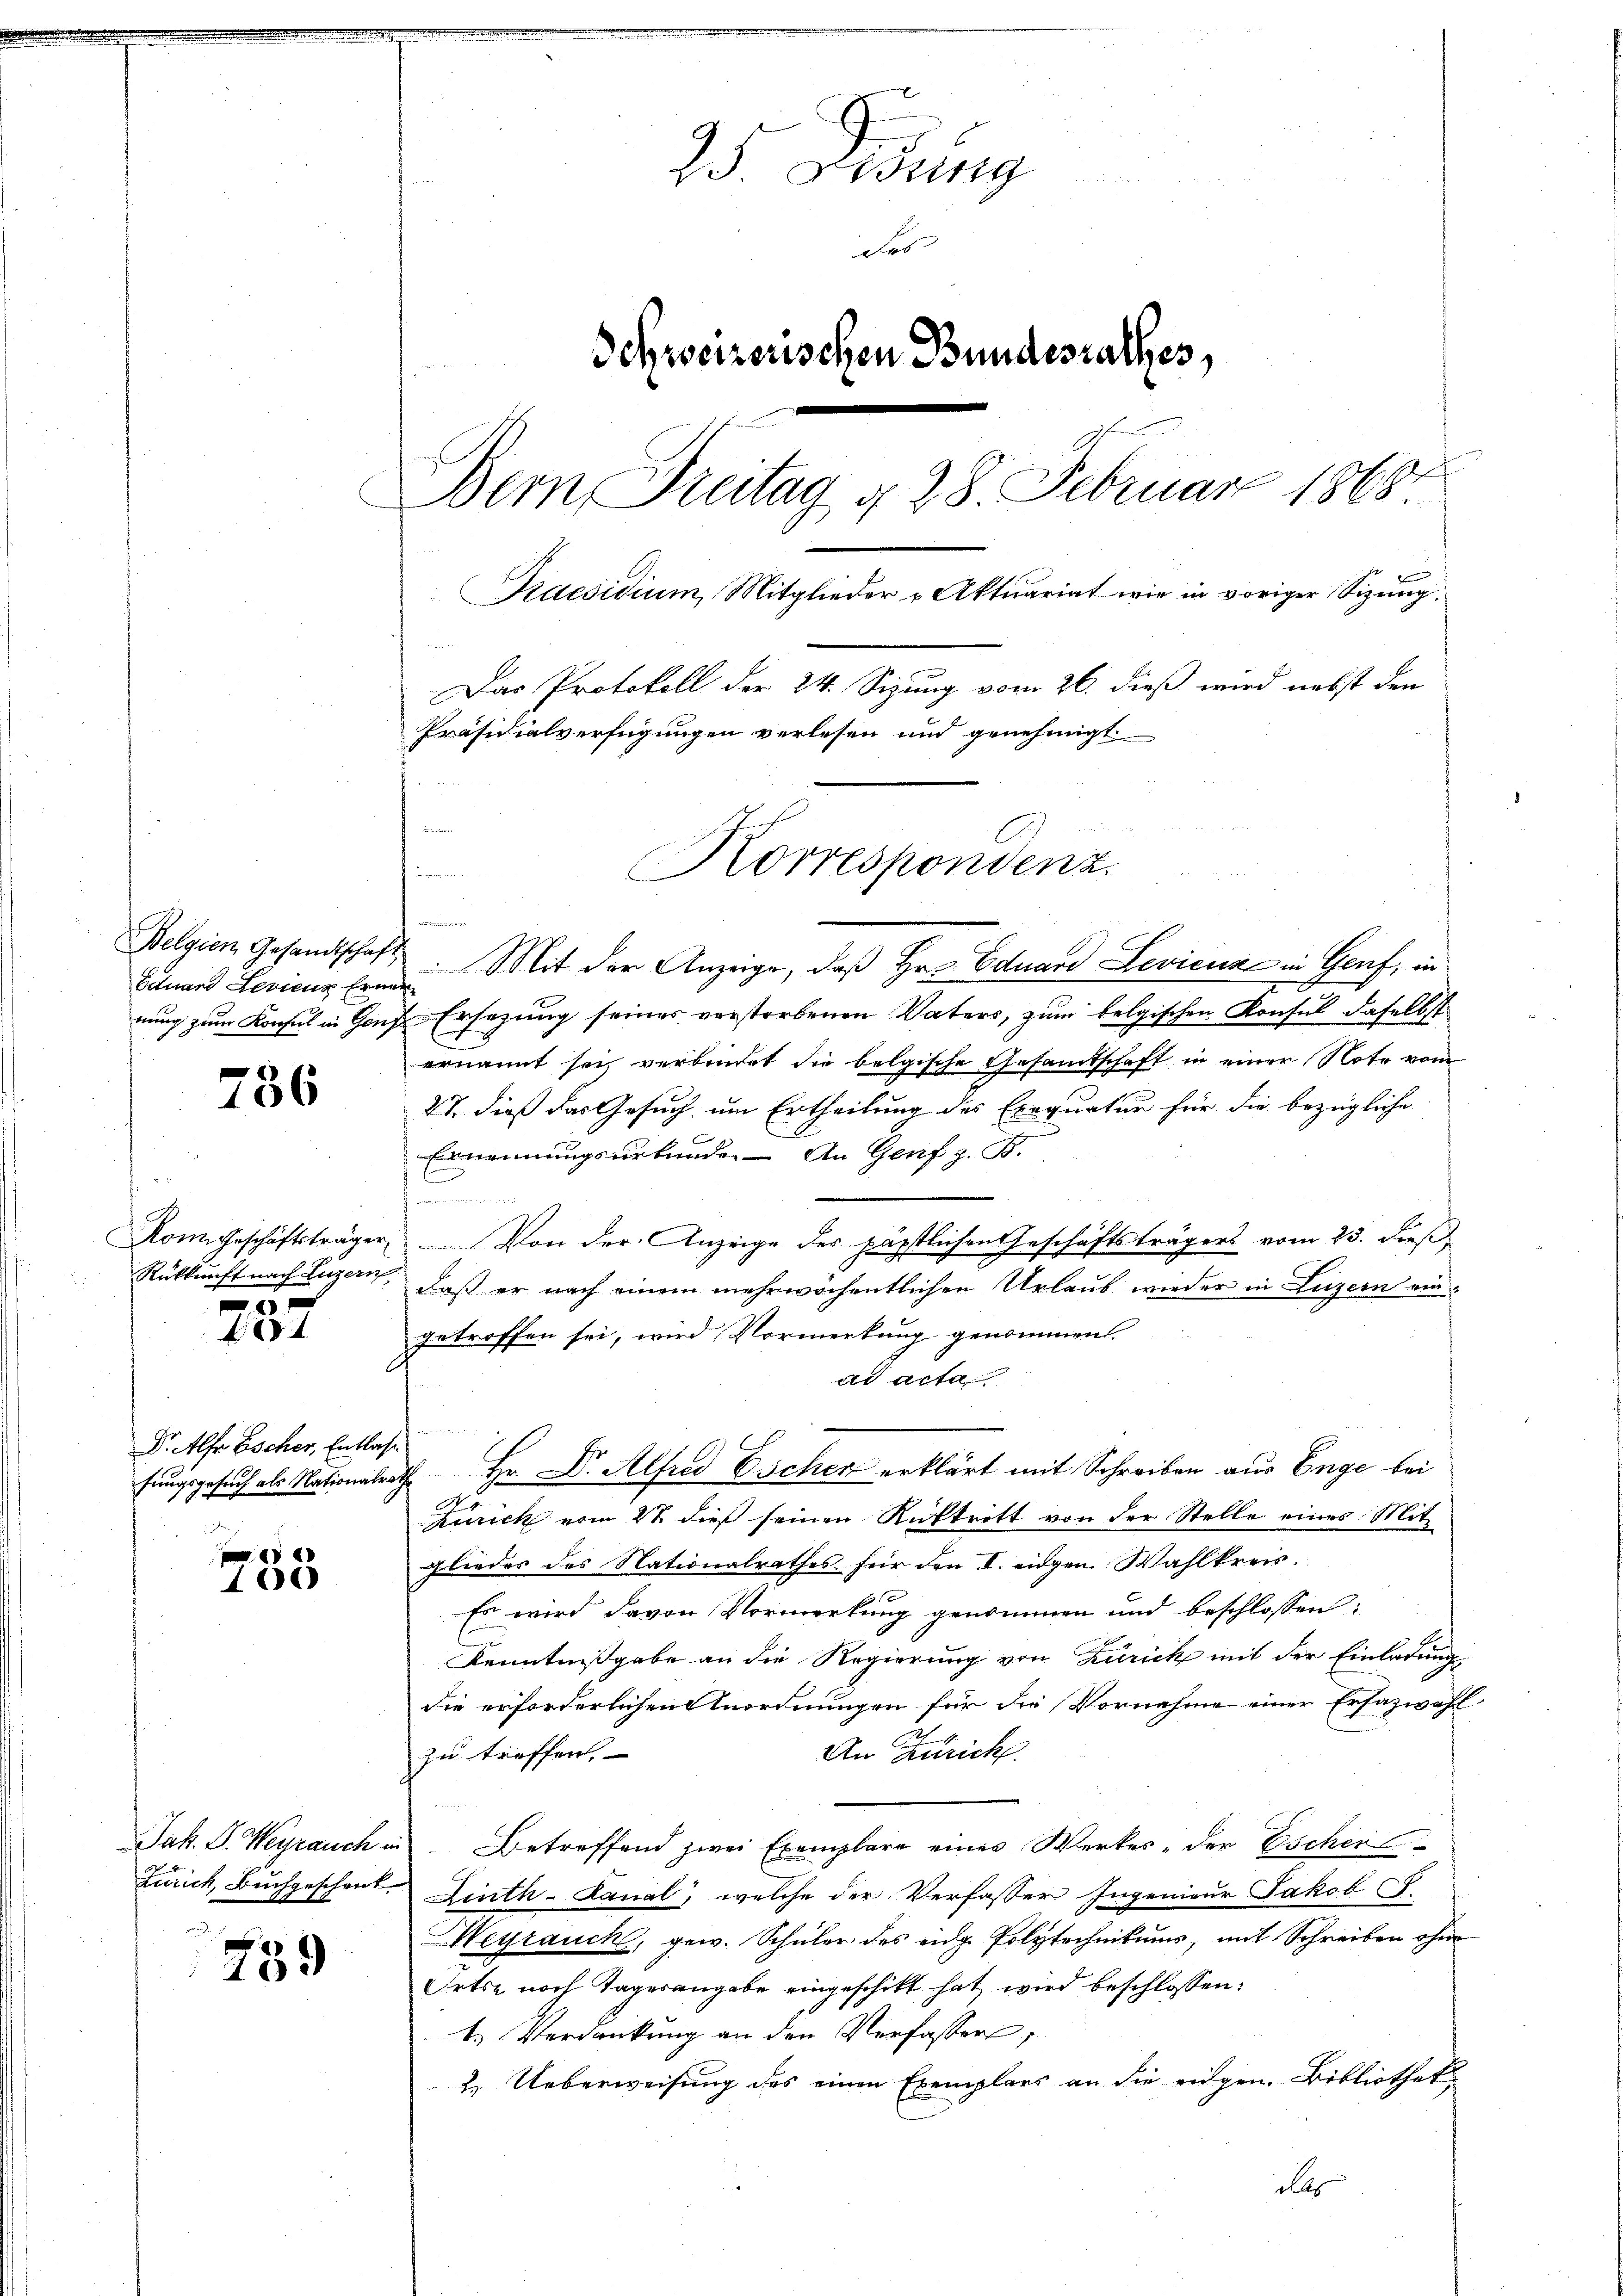
Belgien Gesandtschaf¬
Eduard Leviens Erne
rung zum Konsul in Genz

786

Mon. Geschäftsträger
Rükkunft nach Luzern,
5

x

Dr. Alfr Escher, Entlas
fungsgesuch als Nationalra
in den

100

Jak. J. Wegrauch in
Zürich, Buchgeschent
o

739

25 Sessing
n
d
Schweizerischen Bundesrathes,
Bern Freitag g 28. Februar 1868
Kaesidium, Mitglieder u Aktuariat wie in voriger Sizung,
Das Protokoll der 24. Sizung vom 26. dieß wird nebst den
Präsidialverfügungen verlesen und genehmigt
Korrespondenz.

Mit der Anzeige, daß Hr. Eduard Levienz in Genf, in
2
Ersezung seines verstorbenen Vaters, zum belgischen Konsul daselbst
ernannt sei, verbindet die belgische Gesandtschaft in einer Note vom
27. dieß das Gesuch um Ertheilung des Exequatur für die bezügliche
Ernennungsurkunde. An Genf z. B.
E
e
Von der Anzeige des päpstlichen Geschäftsträgers vom 23. dieß,
daß er nach einem mehrwöchentlichen Urlaub wieder in Luzern eingetroffen sei, wird Vormerkung genommen.
dd acta
 Hr. Dr. Alfred Escher erklärt mit Schreiben aus Enge bei
r
Zürich vom 28. dieß seinen Auftrett von der Stelle eines Mit
glieder des Nationalrathes für den I. eidgen. Wahlkreis.
Es wird davon Vormerkung genommen und beschlossen:
Kenntnißgabe an die Regierung von Zürich mit der Einladung
die erforderlichen Anordnungen für die Vornahme einer Ersazwahl
2
An Zürich.
zu treffen.

Betreffend zwei Exemplare eines Werkes, der Escher
Linth-Canal, welche der Verfasser Ingenieur Jakob
Heyrauch, gew. Schüler des eidg. Polytechnikums, mit Schreiben ohne
Orts- noch Tagesangabe eingeschikt hat wird beschlossen:
t. Verdankung an den Verfasser,
2. Ueberweisung des einen Exemplars an die eigen Bibliothek
des